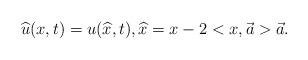
LaTeX: \begin{align*}\widehat{u}(x,t)=u(\widehat{x},t),\widehat{x}=x-2<x,\vec{a}>\vec{a}.\end{align*}